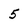
Character: 5